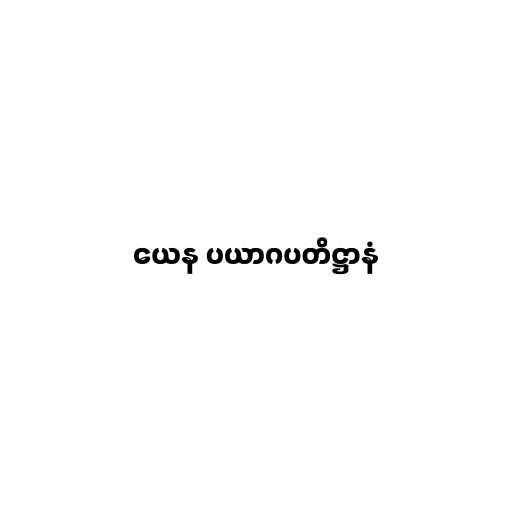
ယေန ပယာဂပတိဋ္ဌာနံ